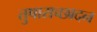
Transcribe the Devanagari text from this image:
तुषाराच्छादन